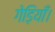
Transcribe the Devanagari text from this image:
गेड़ियाँ।